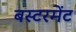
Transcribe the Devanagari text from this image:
बस्टरमेंट